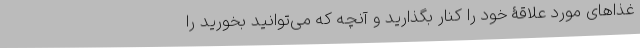
غذاهای مورد علاقۀ خود را کنار بگذارید و آنچه که می‌توانید بخورید را